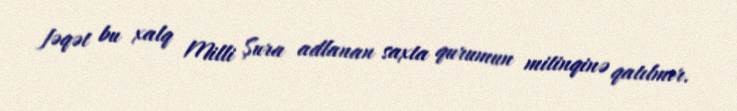
fəqət bu xalq Milli Şura adlanan saxta qurumun mitinqinə qatılmır.